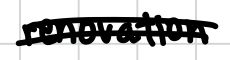
Text: renovation
Cross-out: mix
Writing tool: digital_black